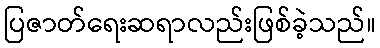
ပြဇာတ်ရေးဆရာလည်းဖြစ်ခဲ့သည်။